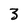
Character: 3